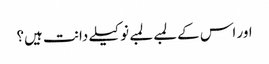
اور اس کے لمبے لمبے نوکیلے دانت ہیں؟